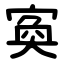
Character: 寏